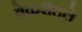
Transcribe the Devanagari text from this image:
बेकरीतले